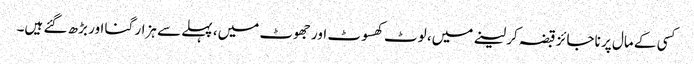
کسی کے مال پر ناجائز قبضہ کر لینے میں، لوٹ کھسوٹ اور جھوٹ میں، پہلے سے ہزار گنا اور بڑھ گئے ہیں۔